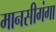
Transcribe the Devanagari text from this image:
मानसीगंगा